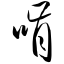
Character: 啃